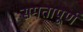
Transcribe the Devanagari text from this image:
समतापूर्ण